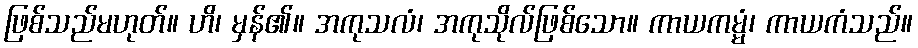
ဖြစ်သည်မဟုတ်။ ဟိ၊ မှန်၏။ အကုသလံ၊ အကုသိုလ်ဖြစ်သော။ ကာယကမ္မံ၊ ကာယကံသည်။